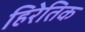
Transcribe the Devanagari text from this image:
हिरेतिक